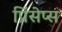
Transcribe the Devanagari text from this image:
प्रिंसेप्स